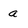
Character: a